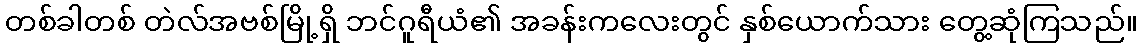
တစ်ခါတစ် တဲလ်အဗစ်မြို့ရှိ ဘင်ဂူရီယံ၏ အခန်းကလေးတွင် နှစ်ယောက်သား တွေ့ဆုံကြသည်။